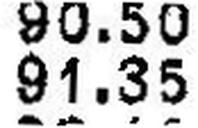
91.35